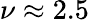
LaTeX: \nu\approx 2.5